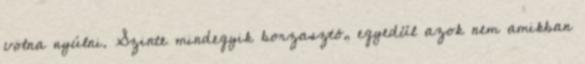
volna nyúlni. Szinte mindegyik borzasztó, egyedül azok nem amikban